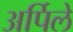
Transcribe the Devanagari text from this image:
अर्पिले